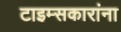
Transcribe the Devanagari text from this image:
टाइम्सकारांना